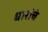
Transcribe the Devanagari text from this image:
धारांचं